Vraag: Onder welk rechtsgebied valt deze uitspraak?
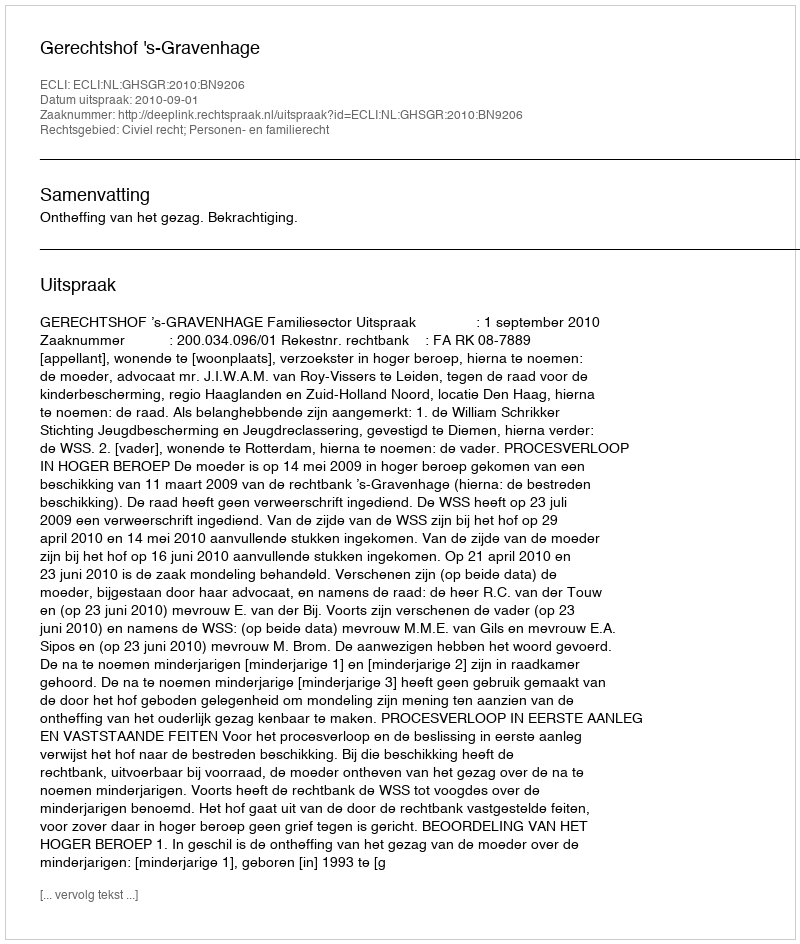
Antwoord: Civiel recht; Personen- en familierecht